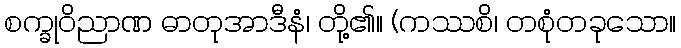
စက္ခုဝိညာဏ ဓာတုအာဒီနံ၊ တို့၏။ (ကဿစိ၊ တစုံတခုသော။